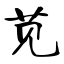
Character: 苋